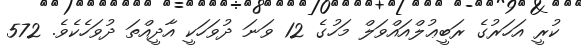
ކުރީ އަހަރުގެ ރަބީޢުލްއައްވަލް މަހުގެ 12 ވަނަ ދުވަހަކީ އާދީއްތަ ދުވަހެކެވެ. 572